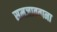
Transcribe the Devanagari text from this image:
समजावताना